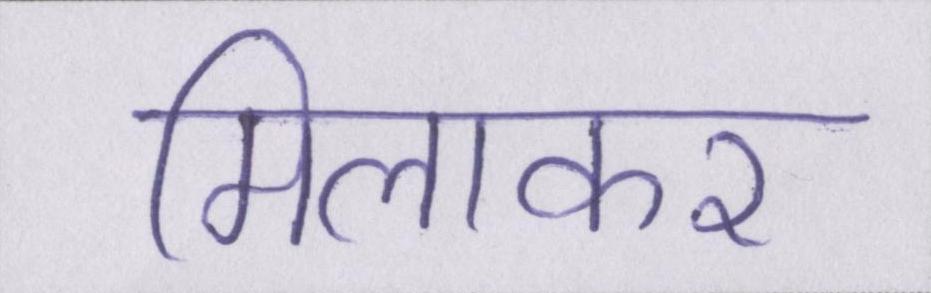
मिलाकर